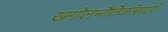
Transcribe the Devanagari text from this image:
खगोलभौतिकीसाठी